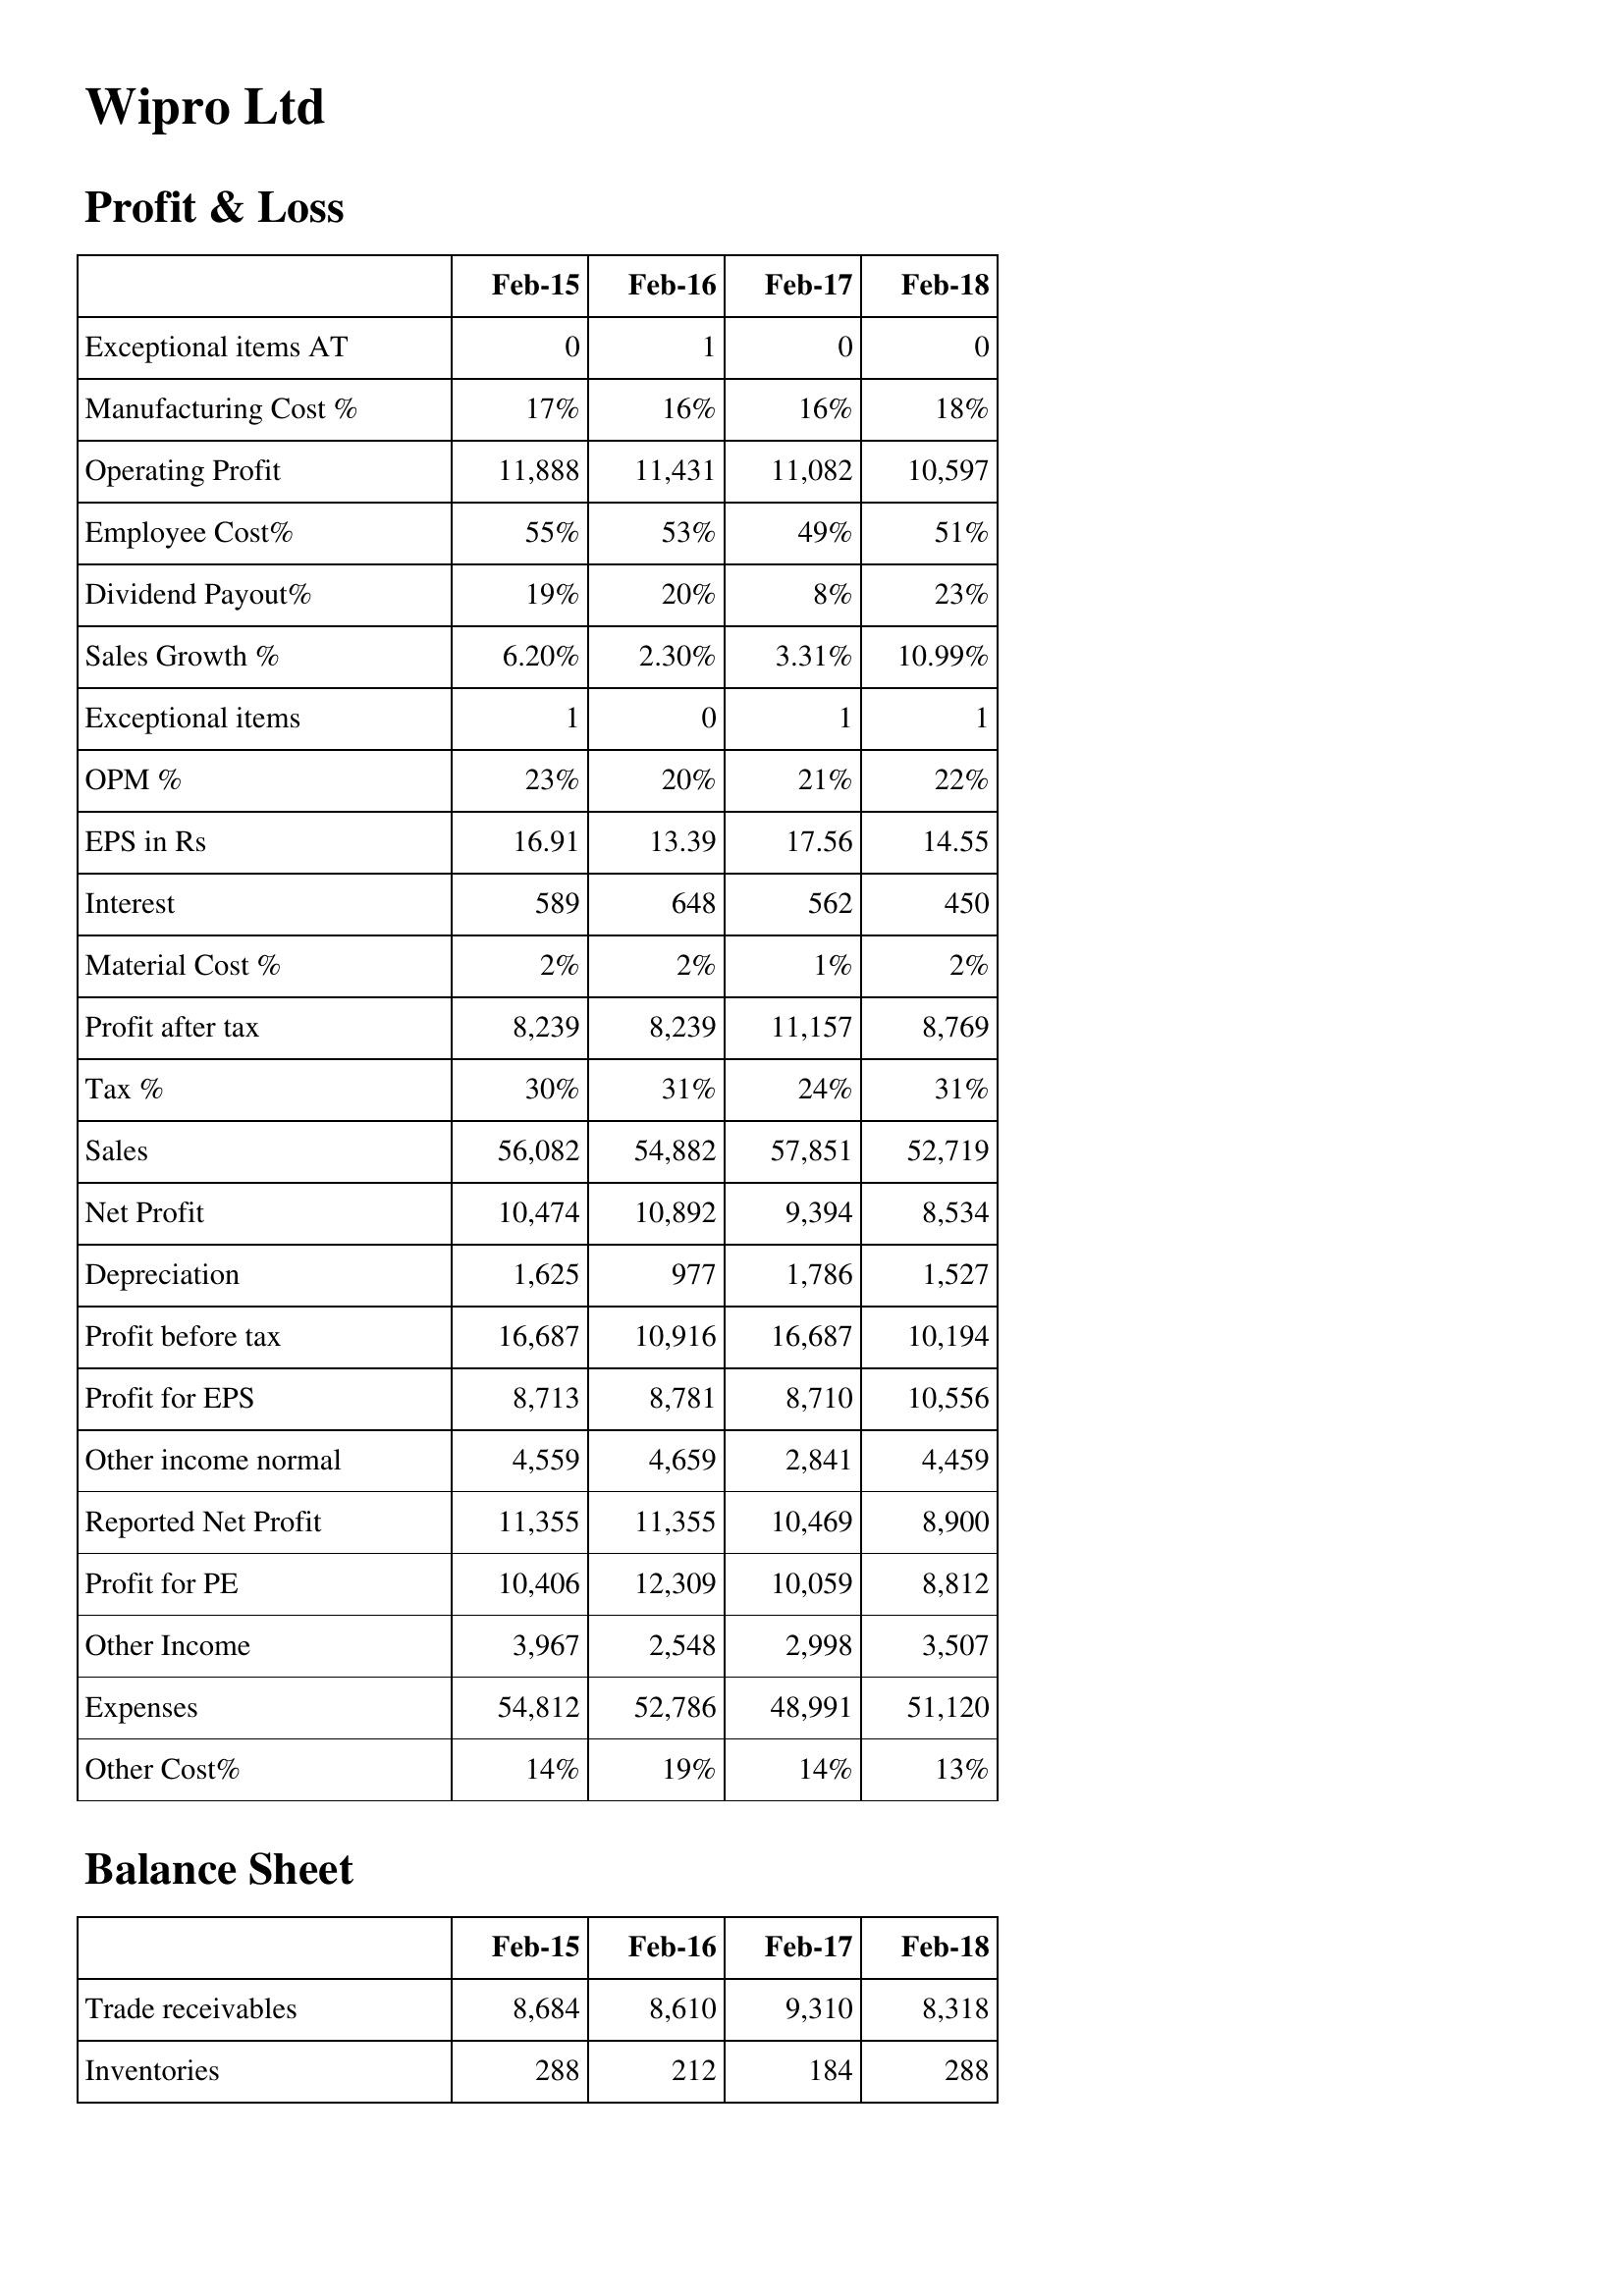
Feb-15: Profit & Loss: Exceptional items AT: 0
Manufacturing Cost %: 17%
Operating Profit: 11,888
Employee Cost%: 55%
Dividend Payout%: 19%
Sales Growth %: 6.20%
Exceptional items: 1
OPM %: 23%
EPS in Rs: 16.91
Interest: 589
Material Cost %: 2%
Profit after tax: 8,239
Tax %: 30%
Sales: 56,082
Net Profit: 10,474
Depreciation: 1,625
Profit before tax: 16,687
Profit for EPS: 8,713
Other income normal: 4,559
Reported Net Profit: 11,355
Profit for PE: 10,406
Other Income: 3,967
Expenses: 54,812
Other Cost%: 14%
Balance Sheet: Trade receivables: 8,684
Inventories: 288
Feb-16: Profit & Loss: Exceptional items AT: 1
Manufacturing Cost %: 16%
Operating Profit: 11,431
Employee Cost%: 53%
Dividend Payout%: 20%
Sales Growth %: 2.30%
Exceptional items: 0
OPM %: 20%
EPS in Rs: 13.39
Interest: 648
Material Cost %: 2%
Profit after tax: 8,239
Tax %: 31%
Sales: 54,882
Net Profit: 10,892
Depreciation: 977
Profit before tax: 10,916
Profit for EPS: 8,781
Other income normal: 4,659
Reported Net Profit: 11,355
Profit for PE: 12,309
Other Income: 2,548
Expenses: 52,786
Other Cost%: 19%
Balance Sheet: Trade receivables: 8,610
Inventories: 212
Feb-17: Profit & Loss: Exceptional items AT: 0
Manufacturing Cost %: 16%
Operating Profit: 11,082
Employee Cost%: 49%
Dividend Payout%: 8%
Sales Growth %: 3.31%
Exceptional items: 1
OPM %: 21%
EPS in Rs: 17.56
Interest: 562
Material Cost %: 1%
Profit after tax: 11,157
Tax %: 24%
Sales: 57,851
Net Profit: 9,394
Depreciation: 1,786
Profit before tax: 16,687
Profit for EPS: 8,710
Other income normal: 2,841
Reported Net Profit: 10,469
Profit for PE: 10,059
Other Income: 2,998
Expenses: 48,991
Other Cost%: 14%
Balance Sheet: Trade receivables: 9,310
Inventories: 184
Feb-18: Profit & Loss: Exceptional items AT: 0
Manufacturing Cost %: 18%
Operating Profit: 10,597
Employee Cost%: 51%
Dividend Payout%: 23%
Sales Growth %: 10.99%
Exceptional items: 1
OPM %: 22%
EPS in Rs: 14.55
Interest: 450
Material Cost %: 2%
Profit after tax: 8,769
Tax %: 31%
Sales: 52,719
Net Profit: 8,534
Depreciation: 1,527
Profit before tax: 10,194
Profit for EPS: 10,556
Other income normal: 4,459
Reported Net Profit: 8,900
Profit for PE: 8,812
Other Income: 3,507
Expenses: 51,120
Other Cost%: 13%
Balance Sheet: Trade receivables: 8,318
Inventories: 288